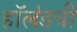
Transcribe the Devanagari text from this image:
हॉलंडची